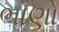
ભાણો